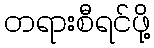
တရားစီရင်ဖို့